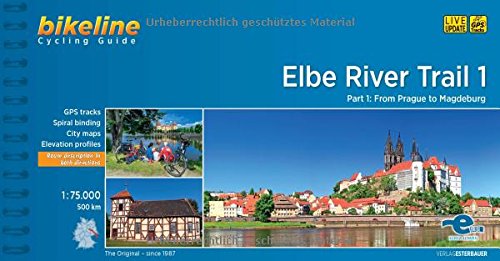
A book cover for Elbe River Trail, Part 1: From Prague to Magdeburg; Travel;